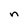
Character: n